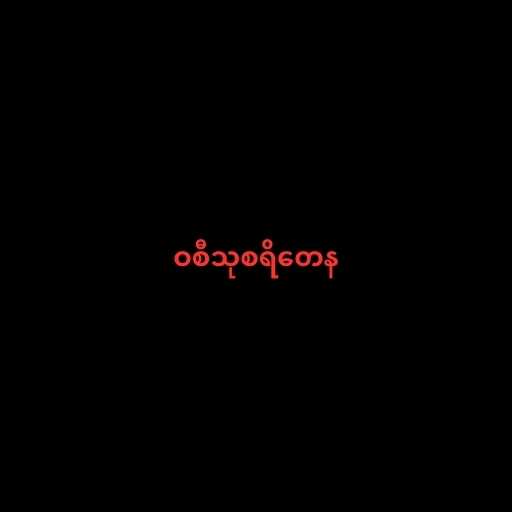
ဝစီသုစရိတေန